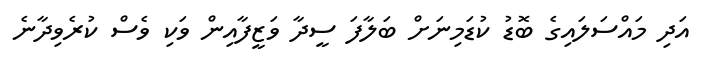
އަދި މައްސަލައިގެ ބޮޑު ކުޑަމިނަށް ބަލާފަ ސީދާ ވަޒީފާއިން ވަކި ވެސް ކުރެވިދާނެ